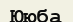
Ююба